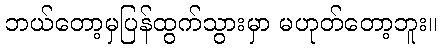
ဘယ်တော့မှပြန်ထွက်သွားမှာ မဟုတ်တော့ဘူး။